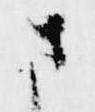
さ